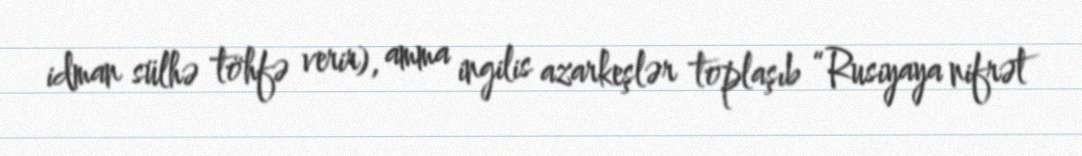
idman sülhə töhfə verir), amma ingilis azarkeşlər toplaşıb “Rusiyaya nifrət